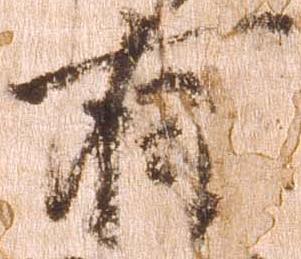
有